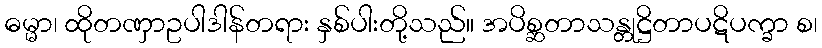
ဓမ္မာ၊ ထိုတဏှာဥပါဒါန်တရား နှစ်ပါးတို့သည်။ အပိစ္ဆတာသန္တုဋ္ဌိတာပဋိပက္ခာ စ၊